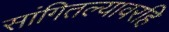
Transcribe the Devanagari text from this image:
सांगितल्यावरहि